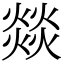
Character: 燚